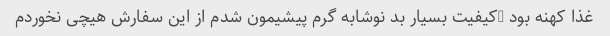
غذا کهنه بود …کیفیت بسیار بد نوشابه گرم پیشیمون شدم از این سفارش هیچی نخوردم